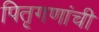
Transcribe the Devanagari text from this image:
पितृगणांची